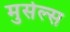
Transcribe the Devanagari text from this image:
मुसेल्स